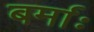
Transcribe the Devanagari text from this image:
बर्माः